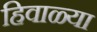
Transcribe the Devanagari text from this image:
हिवाळ्या